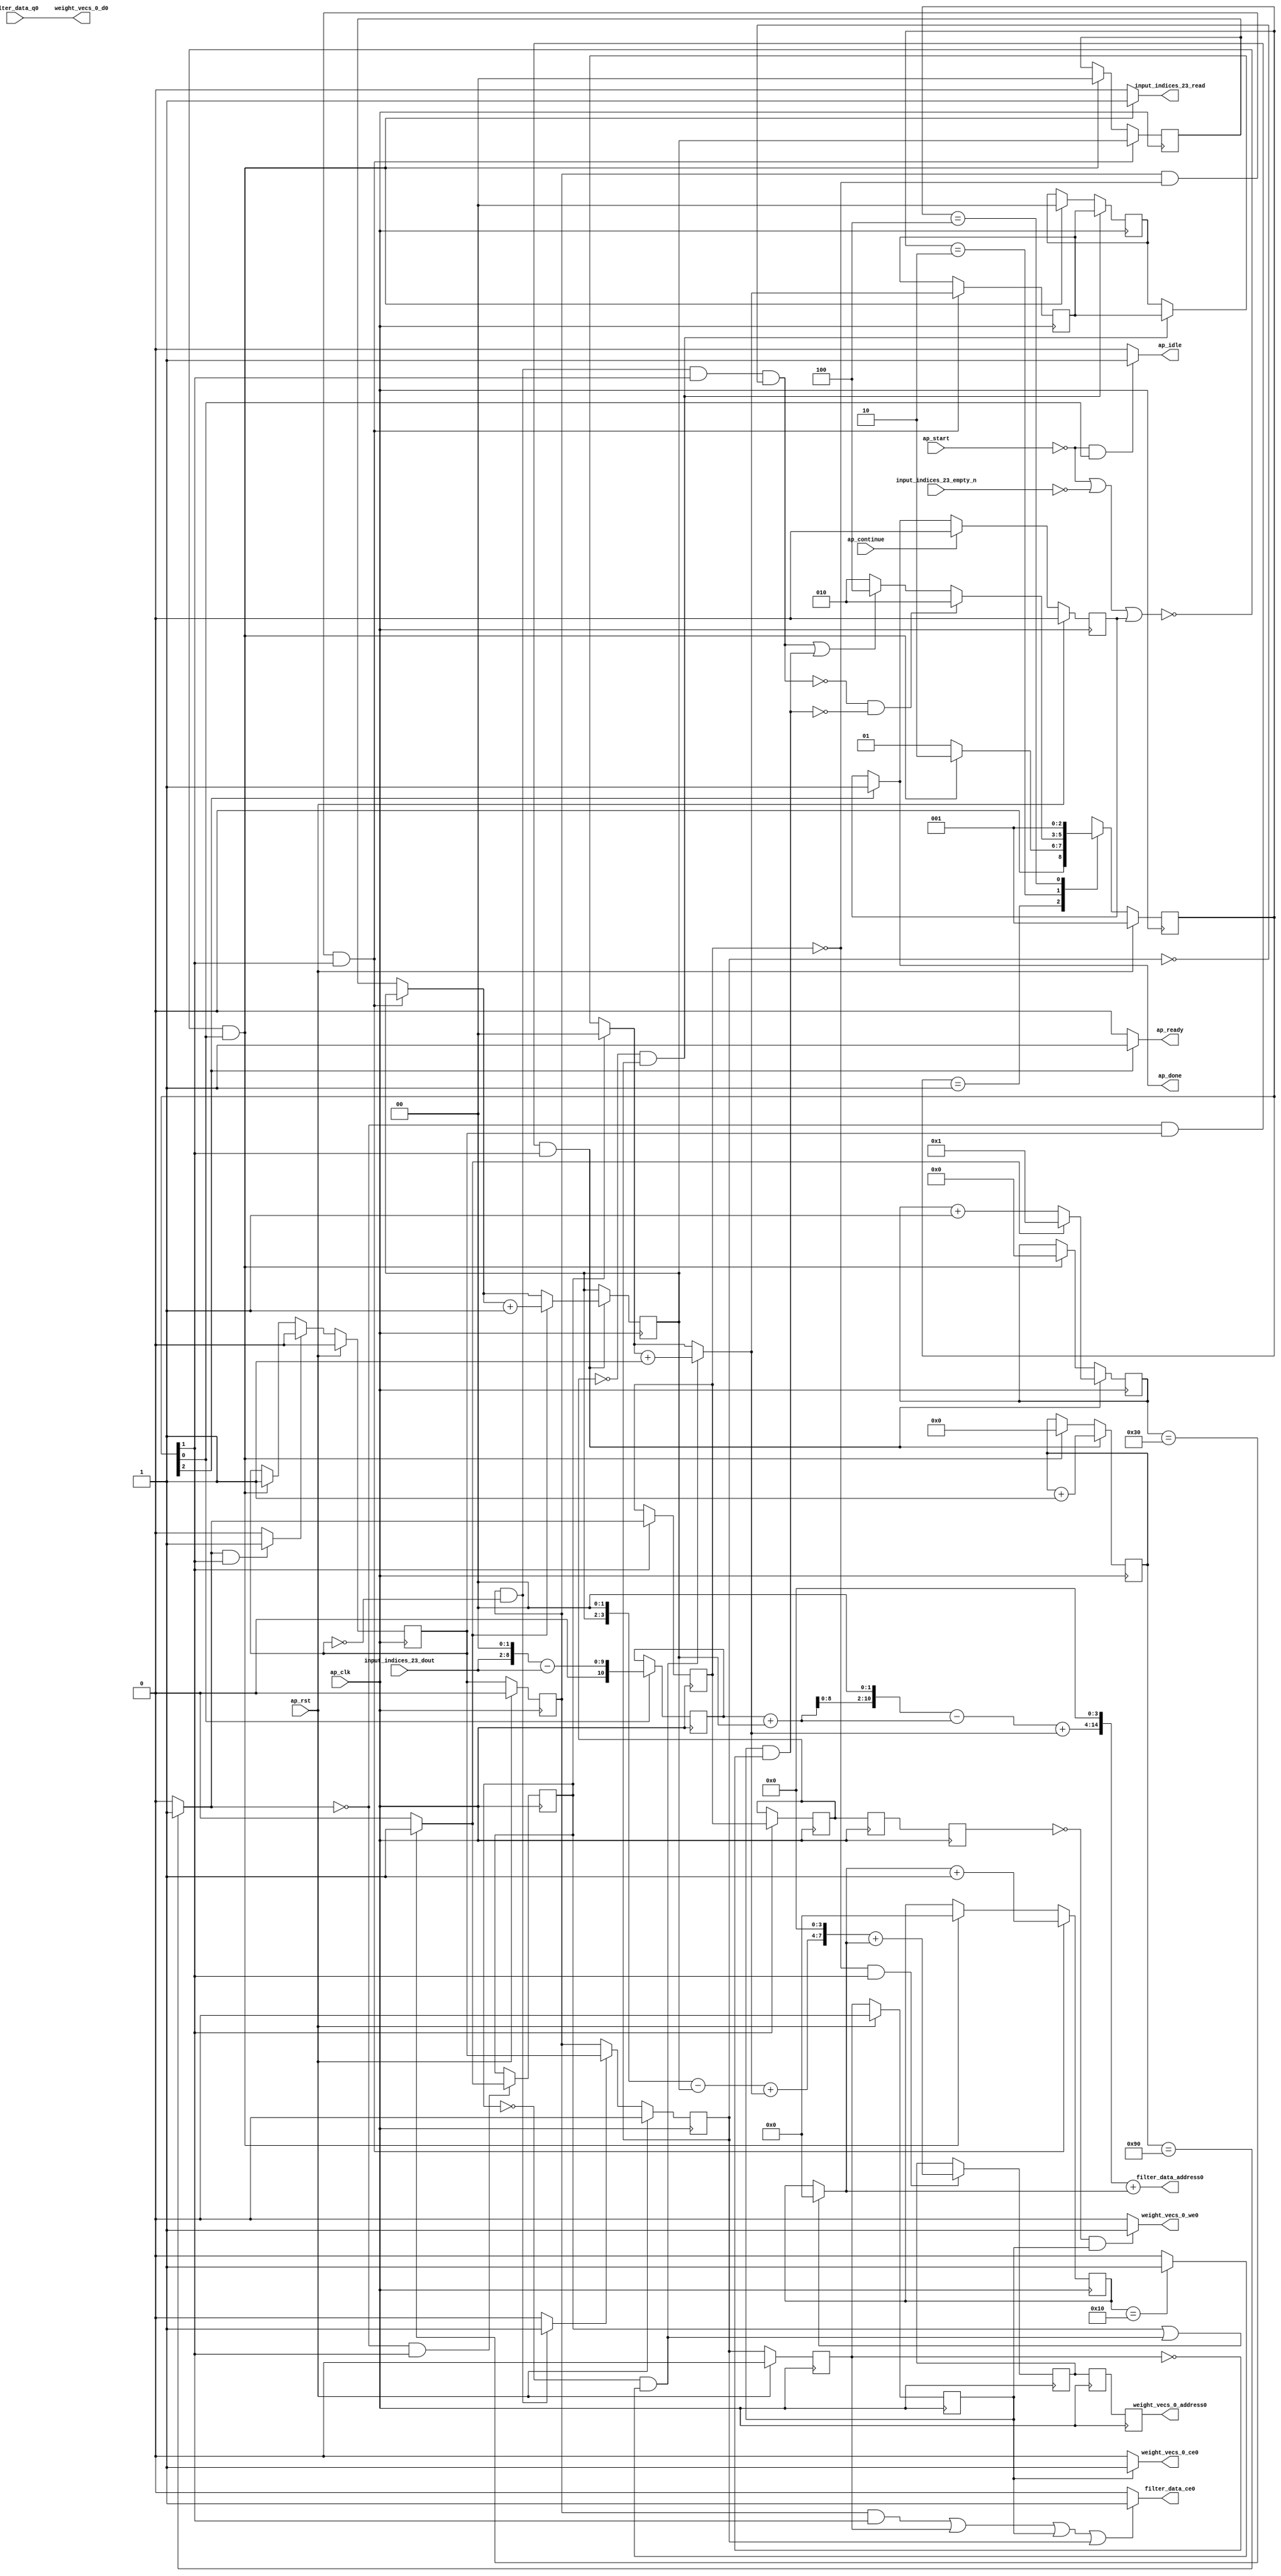
`define EXPONENT 5
`define MANTISSA 10
`define ACTUAL_MANTISSA 11
`define EXPONENT_LSB 10
`define EXPONENT_MSB 14
`define MANTISSA_LSB 0
`define MANTISSA_MSB 9
`define MANTISSA_MUL_SPLIT_LSB 3
`define MANTISSA_MUL_SPLIT_MSB 9
`define SIGN 1
`define SIGN_LOC 15
`define DWIDTH (`SIGN+`EXPONENT+`MANTISSA)
`define IEEE_COMPLIANCE 1

module td_fused_top_tdf5_readFilters40 (
        ap_clk,
        ap_rst,
        ap_start,
        ap_done,
        ap_continue,
        ap_idle,
        ap_ready,
        filter_data_address0,
        filter_data_ce0,
        filter_data_q0,
        input_indices_23_dout,
        input_indices_23_empty_n,
        input_indices_23_read,
        weight_vecs_0_address0,
        weight_vecs_0_ce0,
        weight_vecs_0_we0,
        weight_vecs_0_d0
);

parameter    ap_ST_fsm_state1 = 3'd1;
parameter    ap_ST_fsm_pp0_stage0 = 3'd2;
parameter    ap_ST_fsm_state7 = 3'd4;

input   ap_clk;
input   ap_rst;
input   ap_start;
output   ap_done;
input   ap_continue;
output   ap_idle;
output   ap_ready;
output  [14:0] filter_data_address0;
output   filter_data_ce0;
input  [15:0] filter_data_q0;
input  [6:0] input_indices_23_dout;
input   input_indices_23_empty_n;
output   input_indices_23_read;
output  [7:0] weight_vecs_0_address0;
output   weight_vecs_0_ce0;
output   weight_vecs_0_we0;
output  [15:0] weight_vecs_0_d0;

reg ap_done;
reg ap_idle;
reg ap_ready;
reg filter_data_ce0;
reg input_indices_23_read;
reg weight_vecs_0_ce0;
reg weight_vecs_0_we0;

reg    ap_done_reg;
  reg   [2:0] ap_CS_fsm;
wire    ap_CS_fsm_state1;
reg    input_indices_23_blk_n;
reg   [7:0] indvar_flatten13_reg_123;
reg   [1:0] ii_reg_134;
reg   [6:0] indvar_flatten_reg_145;
reg   [1:0] jj_reg_156;
reg   [4:0] kk_reg_167;
wire   [10:0] sext_ln47_fu_200_p1;
reg   [10:0] sext_ln47_reg_408;
wire   [7:0] add_ln47_3_fu_204_p2;
wire    ap_CS_fsm_pp0_stage0;
reg    ap_enable_reg_pp0_iter0;
wire    ap_block_state2_pp0_stage0_iter0;
wire    ap_block_state3_pp0_stage0_iter1;
wire    ap_block_state4_pp0_stage0_iter2;
wire    ap_block_state5_pp0_stage0_iter3;
wire    ap_block_state6_pp0_stage0_iter4;
wire    ap_block_pp0_stage0_11001;
wire   [0:0] icmp_ln47_fu_210_p2;
reg   [0:0] icmp_ln47_reg_418;
reg   [0:0] icmp_ln47_reg_418_pp0_iter1_reg;
reg   [0:0] icmp_ln47_reg_418_pp0_iter2_reg;
reg   [0:0] icmp_ln47_reg_418_pp0_iter3_reg;
wire   [0:0] icmp_ln48_fu_222_p2;
reg   [0:0] icmp_ln48_reg_422;
wire   [1:0] select_ln47_3_fu_228_p3;
reg   [1:0] select_ln47_3_reg_429;
wire   [6:0] select_ln48_6_fu_242_p3;
wire   [1:0] select_ln48_5_fu_329_p3;
reg   [1:0] select_ln48_5_reg_442;
reg    ap_enable_reg_pp0_iter1;
wire   [7:0] add_ln55_12_fu_392_p2;
reg   [7:0] add_ln55_12_reg_452;
reg   [7:0] add_ln55_12_reg_452_pp0_iter2_reg;
reg   [7:0] add_ln55_12_reg_452_pp0_iter3_reg;
wire   [4:0] add_ln49_fu_398_p2;
reg    ap_block_state1;
wire    ap_block_pp0_stage0_subdone;
reg    ap_condition_pp0_flush_enable;
reg    ap_enable_reg_pp0_iter2;
reg    ap_condition_pp0_exit_iter1_state3;
reg    ap_enable_reg_pp0_iter3;
reg    ap_enable_reg_pp0_iter4;
reg   [1:0] ap_phi_mux_ii_phi_fu_138_p4;
wire    ap_block_pp0_stage0;
reg   [1:0] ap_phi_mux_jj_phi_fu_160_p4;
wire   [63:0] zext_ln55_28_fu_387_p1;
wire   [63:0] zext_ln55_29_fu_404_p1;
wire   [8:0] tmp_fu_182_p3;
wire   [9:0] zext_ln55_21_fu_190_p1;
wire   [9:0] zext_ln55_fu_178_p1;
wire   [9:0] sub_ln55_fu_194_p2;
wire   [1:0] add_ln47_fu_216_p2;
wire   [6:0] add_ln48_3_fu_236_p2;
wire   [10:0] zext_ln55_23_fu_260_p1;
wire   [10:0] add_ln55_fu_263_p2;
wire   [10:0] shl_ln55_fu_268_p2;
wire   [3:0] tmp_s_fu_280_p3;
wire   [3:0] zext_ln55_22_fu_257_p1;
wire   [0:0] icmp_ln49_fu_298_p2;
wire   [0:0] xor_ln47_fu_293_p2;
wire   [1:0] select_ln47_fu_250_p3;
wire   [0:0] and_ln47_fu_304_p2;
wire   [0:0] or_ln48_fu_316_p2;
wire   [1:0] add_ln48_fu_310_p2;
wire   [10:0] sub_ln55_5_fu_274_p2;
wire   [10:0] zext_ln55_25_fu_341_p1;
wire   [10:0] add_ln55_9_fu_345_p2;
wire   [3:0] sub_ln55_6_fu_287_p2;
wire   [3:0] zext_ln55_24_fu_337_p1;
wire   [3:0] add_ln55_10_fu_359_p2;
wire   [4:0] select_ln48_fu_321_p3;
wire   [14:0] tmp_74_cast_fu_351_p3;
wire   [14:0] zext_ln55_27_fu_377_p1;
wire   [14:0] add_ln55_11_fu_381_p2;
wire   [7:0] tmp_76_cast_fu_365_p3;
wire   [7:0] zext_ln55_26_fu_373_p1;
wire    ap_CS_fsm_state7;
reg   [2:0] ap_NS_fsm;
reg    ap_idle_pp0;
wire    ap_enable_pp0;
wire    ap_ce_reg;

// power-on initialization
initial begin
#0 ap_done_reg = 1'b0;
#0 ap_CS_fsm = 3'd1;
#0 ap_enable_reg_pp0_iter0 = 1'b0;
#0 ap_enable_reg_pp0_iter1 = 1'b0;
#0 ap_enable_reg_pp0_iter2 = 1'b0;
#0 ap_enable_reg_pp0_iter3 = 1'b0;
#0 ap_enable_reg_pp0_iter4 = 1'b0;
end

always @ (posedge ap_clk) begin
    if (ap_rst == 1'b1) begin
        ap_CS_fsm <= ap_ST_fsm_state1;
    end else begin
        ap_CS_fsm <= ap_NS_fsm;
    end
end

always @ (posedge ap_clk) begin
    if (ap_rst == 1'b1) begin
        ap_done_reg <= 1'b0;
    end else begin
        if ((ap_continue == 1'b1)) begin
            ap_done_reg <= 1'b0;
        end else if ((1'b1 == ap_CS_fsm_state7)) begin
            ap_done_reg <= 1'b1;
        end
    end
end

always @ (posedge ap_clk) begin
    if (ap_rst == 1'b1) begin
        ap_enable_reg_pp0_iter0 <= 1'b0;
    end else begin
        if ((1'b1 == ap_condition_pp0_flush_enable)) begin
            ap_enable_reg_pp0_iter0 <= 1'b0;
        end else if ((~((ap_start == 1'b0) | (input_indices_23_empty_n == 1'b0) | (ap_done_reg == 1'b1)) & (1'b1 == ap_CS_fsm_state1))) begin
            ap_enable_reg_pp0_iter0 <= 1'b1;
        end
    end
end

always @ (posedge ap_clk) begin
    if (ap_rst == 1'b1) begin
        ap_enable_reg_pp0_iter1 <= 1'b0;
    end else begin
        if ((1'b0 == ap_block_pp0_stage0_subdone)) begin
            ap_enable_reg_pp0_iter1 <= ap_enable_reg_pp0_iter0;
        end
    end
end

always @ (posedge ap_clk) begin
    if (ap_rst == 1'b1) begin
        ap_enable_reg_pp0_iter2 <= 1'b0;
    end else begin
        if ((1'b0 == ap_block_pp0_stage0_subdone)) begin
            if ((1'b1 == ap_condition_pp0_exit_iter1_state3)) begin
                ap_enable_reg_pp0_iter2 <= ap_enable_reg_pp0_iter0;
            end else if ((1'b1 == 1'b1)) begin
                ap_enable_reg_pp0_iter2 <= ap_enable_reg_pp0_iter1;
            end
        end
    end
end

always @ (posedge ap_clk) begin
    if (ap_rst == 1'b1) begin
        ap_enable_reg_pp0_iter3 <= 1'b0;
    end else begin
        if ((1'b0 == ap_block_pp0_stage0_subdone)) begin
            ap_enable_reg_pp0_iter3 <= ap_enable_reg_pp0_iter2;
        end
    end
end

always @ (posedge ap_clk) begin
    if (ap_rst == 1'b1) begin
        ap_enable_reg_pp0_iter4 <= 1'b0;
    end else begin
        if ((1'b0 == ap_block_pp0_stage0_subdone)) begin
            ap_enable_reg_pp0_iter4 <= ap_enable_reg_pp0_iter3;
        end else if ((~((ap_start == 1'b0) | (input_indices_23_empty_n == 1'b0) | (ap_done_reg == 1'b1)) & (1'b1 == ap_CS_fsm_state1))) begin
            ap_enable_reg_pp0_iter4 <= 1'b0;
        end
    end
end

always @ (posedge ap_clk) begin
    if (((ap_enable_reg_pp0_iter1 == 1'b1) & (icmp_ln47_reg_418 == 1'd0) & (1'b0 == ap_block_pp0_stage0_11001) & (1'b1 == ap_CS_fsm_pp0_stage0))) begin
        ii_reg_134 <= select_ln47_3_reg_429;
    end else if ((~((ap_start == 1'b0) | (input_indices_23_empty_n == 1'b0) | (ap_done_reg == 1'b1)) & (1'b1 == ap_CS_fsm_state1))) begin
        ii_reg_134 <= 2'd0;
    end
end

always @ (posedge ap_clk) begin
    if (((icmp_ln47_fu_210_p2 == 1'd0) & (1'b0 == ap_block_pp0_stage0_11001) & (ap_enable_reg_pp0_iter0 == 1'b1) & (1'b1 == ap_CS_fsm_pp0_stage0))) begin
        indvar_flatten13_reg_123 <= add_ln47_3_fu_204_p2;
    end else if ((~((ap_start == 1'b0) | (input_indices_23_empty_n == 1'b0) | (ap_done_reg == 1'b1)) & (1'b1 == ap_CS_fsm_state1))) begin
        indvar_flatten13_reg_123 <= 8'd0;
    end
end

always @ (posedge ap_clk) begin
    if (((icmp_ln47_fu_210_p2 == 1'd0) & (1'b0 == ap_block_pp0_stage0_11001) & (ap_enable_reg_pp0_iter0 == 1'b1) & (1'b1 == ap_CS_fsm_pp0_stage0))) begin
        indvar_flatten_reg_145 <= select_ln48_6_fu_242_p3;
    end else if ((~((ap_start == 1'b0) | (input_indices_23_empty_n == 1'b0) | (ap_done_reg == 1'b1)) & (1'b1 == ap_CS_fsm_state1))) begin
        indvar_flatten_reg_145 <= 7'd0;
    end
end

always @ (posedge ap_clk) begin
    if (((icmp_ln47_reg_418_pp0_iter1_reg == 1'd0) & (1'b0 == ap_block_pp0_stage0_11001) & (ap_enable_reg_pp0_iter2 == 1'b1))) begin
        jj_reg_156 <= select_ln48_5_reg_442;
    end else if ((~((ap_start == 1'b0) | (input_indices_23_empty_n == 1'b0) | (ap_done_reg == 1'b1)) & (1'b1 == ap_CS_fsm_state1))) begin
        jj_reg_156 <= 2'd0;
    end
end

always @ (posedge ap_clk) begin
    if (((ap_enable_reg_pp0_iter1 == 1'b1) & (icmp_ln47_reg_418 == 1'd0) & (1'b0 == ap_block_pp0_stage0_11001) & (1'b1 == ap_CS_fsm_pp0_stage0))) begin
        kk_reg_167 <= add_ln49_fu_398_p2;
    end else if ((~((ap_start == 1'b0) | (input_indices_23_empty_n == 1'b0) | (ap_done_reg == 1'b1)) & (1'b1 == ap_CS_fsm_state1))) begin
        kk_reg_167 <= 5'd0;
    end
end

always @ (posedge ap_clk) begin
    if (((icmp_ln47_reg_418 == 1'd0) & (1'b0 == ap_block_pp0_stage0_11001) & (1'b1 == ap_CS_fsm_pp0_stage0))) begin
        add_ln55_12_reg_452 <= add_ln55_12_fu_392_p2;
    end
end

always @ (posedge ap_clk) begin
    if ((1'b0 == ap_block_pp0_stage0_11001)) begin
        add_ln55_12_reg_452_pp0_iter2_reg <= add_ln55_12_reg_452;
        add_ln55_12_reg_452_pp0_iter3_reg <= add_ln55_12_reg_452_pp0_iter2_reg;
        icmp_ln47_reg_418_pp0_iter2_reg <= icmp_ln47_reg_418_pp0_iter1_reg;
        icmp_ln47_reg_418_pp0_iter3_reg <= icmp_ln47_reg_418_pp0_iter2_reg;
    end
end

always @ (posedge ap_clk) begin
    if (((1'b0 == ap_block_pp0_stage0_11001) & (1'b1 == ap_CS_fsm_pp0_stage0))) begin
        icmp_ln47_reg_418 <= icmp_ln47_fu_210_p2;
        icmp_ln47_reg_418_pp0_iter1_reg <= icmp_ln47_reg_418;
    end
end

always @ (posedge ap_clk) begin
    if (((icmp_ln47_fu_210_p2 == 1'd0) & (1'b0 == ap_block_pp0_stage0_11001) & (1'b1 == ap_CS_fsm_pp0_stage0))) begin
        icmp_ln48_reg_422 <= icmp_ln48_fu_222_p2;
    end
end

always @ (posedge ap_clk) begin
    if (((icmp_ln47_fu_210_p2 == 1'd0) & (1'b0 == ap_block_pp0_stage0_11001) & (ap_enable_reg_pp0_iter0 == 1'b1) & (1'b1 == ap_CS_fsm_pp0_stage0))) begin
        select_ln47_3_reg_429 <= select_ln47_3_fu_228_p3;
    end
end

always @ (posedge ap_clk) begin
    if (((ap_enable_reg_pp0_iter1 == 1'b1) & (icmp_ln47_reg_418 == 1'd0) & (1'b0 == ap_block_pp0_stage0_11001) & (1'b1 == ap_CS_fsm_pp0_stage0))) begin
        select_ln48_5_reg_442 <= select_ln48_5_fu_329_p3;
    end
end

always @ (posedge ap_clk) begin
    if ((1'b1 == ap_CS_fsm_state1)) begin
        sext_ln47_reg_408 <= sext_ln47_fu_200_p1;
    end
end

always @ (*) begin
    if (((ap_enable_reg_pp0_iter1 == 1'b1) & (ap_enable_reg_pp0_iter0 == 1'b0))) begin
        ap_condition_pp0_exit_iter1_state3 = 1'b1;
    end else begin
        ap_condition_pp0_exit_iter1_state3 = 1'b0;
    end
end

always @ (*) begin
    if (((icmp_ln47_fu_210_p2 == 1'd1) & (1'b0 == ap_block_pp0_stage0_subdone) & (1'b1 == ap_CS_fsm_pp0_stage0))) begin
        ap_condition_pp0_flush_enable = 1'b1;
    end else begin
        ap_condition_pp0_flush_enable = 1'b0;
    end
end

always @ (*) begin
    if ((1'b1 == ap_CS_fsm_state7)) begin
        ap_done = 1'b1;
    end else begin
        ap_done = ap_done_reg;
    end
end

always @ (*) begin
    if (((ap_start == 1'b0) & (1'b1 == ap_CS_fsm_state1))) begin
        ap_idle = 1'b1;
    end else begin
        ap_idle = 1'b0;
    end
end

always @ (*) begin
    if (((ap_enable_reg_pp0_iter1 == 1'b0) & (ap_enable_reg_pp0_iter0 == 1'b0) & (ap_enable_reg_pp0_iter4 == 1'b0) & (ap_enable_reg_pp0_iter3 == 1'b0) & (ap_enable_reg_pp0_iter2 == 1'b0))) begin
        ap_idle_pp0 = 1'b1;
    end else begin
        ap_idle_pp0 = 1'b0;
    end
end

always @ (*) begin
    if (((ap_enable_reg_pp0_iter1 == 1'b1) & (icmp_ln47_reg_418 == 1'd0) & (1'b0 == ap_block_pp0_stage0) & (1'b1 == ap_CS_fsm_pp0_stage0))) begin
        ap_phi_mux_ii_phi_fu_138_p4 = select_ln47_3_reg_429;
    end else begin
        ap_phi_mux_ii_phi_fu_138_p4 = ii_reg_134;
    end
end

always @ (*) begin
    if (((icmp_ln47_reg_418_pp0_iter1_reg == 1'd0) & (1'b0 == ap_block_pp0_stage0) & (ap_enable_reg_pp0_iter2 == 1'b1))) begin
        ap_phi_mux_jj_phi_fu_160_p4 = select_ln48_5_reg_442;
    end else begin
        ap_phi_mux_jj_phi_fu_160_p4 = jj_reg_156;
    end
end

always @ (*) begin
    if ((1'b1 == ap_CS_fsm_state7)) begin
        ap_ready = 1'b1;
    end else begin
        ap_ready = 1'b0;
    end
end

always @ (*) begin
    if ((((ap_enable_reg_pp0_iter1 == 1'b1) & (1'b0 == ap_block_pp0_stage0_11001) & (1'b1 == ap_CS_fsm_pp0_stage0)) | ((1'b0 == ap_block_pp0_stage0_11001) & (ap_enable_reg_pp0_iter3 == 1'b1)) | ((1'b0 == ap_block_pp0_stage0_11001) & (ap_enable_reg_pp0_iter4 == 1'b1)) | ((1'b0 == ap_block_pp0_stage0_11001) & (ap_enable_reg_pp0_iter2 == 1'b1)))) begin
        filter_data_ce0 = 1'b1;
    end else begin
        filter_data_ce0 = 1'b0;
    end
end

always @ (*) begin
    if ((~((ap_start == 1'b0) | (ap_done_reg == 1'b1)) & (1'b1 == ap_CS_fsm_state1))) begin
        input_indices_23_blk_n = input_indices_23_empty_n;
    end else begin
        input_indices_23_blk_n = 1'b1;
    end
end

always @ (*) begin
    if ((~((ap_start == 1'b0) | (input_indices_23_empty_n == 1'b0) | (ap_done_reg == 1'b1)) & (1'b1 == ap_CS_fsm_state1))) begin
        input_indices_23_read = 1'b1;
    end else begin
        input_indices_23_read = 1'b0;
    end
end

always @ (*) begin
    if (((1'b0 == ap_block_pp0_stage0_11001) & (ap_enable_reg_pp0_iter4 == 1'b1))) begin
        weight_vecs_0_ce0 = 1'b1;
    end else begin
        weight_vecs_0_ce0 = 1'b0;
    end
end

always @ (*) begin
    if (((icmp_ln47_reg_418_pp0_iter3_reg == 1'd0) & (1'b0 == ap_block_pp0_stage0_11001) & (ap_enable_reg_pp0_iter4 == 1'b1))) begin
        weight_vecs_0_we0 = 1'b1;
    end else begin
        weight_vecs_0_we0 = 1'b0;
    end
end

always @ (*) begin
    case (ap_CS_fsm)
        ap_ST_fsm_state1 : begin
            if ((~((ap_start == 1'b0) | (input_indices_23_empty_n == 1'b0) | (ap_done_reg == 1'b1)) & (1'b1 == ap_CS_fsm_state1))) begin
                ap_NS_fsm = ap_ST_fsm_pp0_stage0;
            end else begin
                ap_NS_fsm = ap_ST_fsm_state1;
            end
        end
        ap_ST_fsm_pp0_stage0 : begin
            if ((~((ap_enable_reg_pp0_iter1 == 1'b1) & (1'b0 == ap_block_pp0_stage0_subdone) & (ap_enable_reg_pp0_iter0 == 1'b0) & (1'b1 == ap_CS_fsm_pp0_stage0) & (ap_enable_reg_pp0_iter2 == 1'b0)) & ~((1'b0 == ap_block_pp0_stage0_subdone) & (ap_enable_reg_pp0_iter4 == 1'b1) & (ap_enable_reg_pp0_iter3 == 1'b0)))) begin
                ap_NS_fsm = ap_ST_fsm_pp0_stage0;
            end else if ((((ap_enable_reg_pp0_iter1 == 1'b1) & (1'b0 == ap_block_pp0_stage0_subdone) & (ap_enable_reg_pp0_iter0 == 1'b0) & (1'b1 == ap_CS_fsm_pp0_stage0) & (ap_enable_reg_pp0_iter2 == 1'b0)) | ((1'b0 == ap_block_pp0_stage0_subdone) & (ap_enable_reg_pp0_iter4 == 1'b1) & (ap_enable_reg_pp0_iter3 == 1'b0)))) begin
                ap_NS_fsm = ap_ST_fsm_state7;
            end else begin
                ap_NS_fsm = ap_ST_fsm_pp0_stage0;
            end
        end
        ap_ST_fsm_state7 : begin
            ap_NS_fsm = ap_ST_fsm_state1;
        end
        default : begin
            ap_NS_fsm = 'bx;
        end
    endcase
end

assign add_ln47_3_fu_204_p2 = (indvar_flatten13_reg_123 + 8'd1);

assign add_ln47_fu_216_p2 = (ap_phi_mux_ii_phi_fu_138_p4 + 2'd1);

assign add_ln48_3_fu_236_p2 = (indvar_flatten_reg_145 + 7'd1);

assign add_ln48_fu_310_p2 = (select_ln47_fu_250_p3 + 2'd1);

assign add_ln49_fu_398_p2 = (select_ln48_fu_321_p3 + 5'd1);

assign add_ln55_10_fu_359_p2 = (sub_ln55_6_fu_287_p2 + zext_ln55_24_fu_337_p1);

assign add_ln55_11_fu_381_p2 = (tmp_74_cast_fu_351_p3 + zext_ln55_27_fu_377_p1);

assign add_ln55_12_fu_392_p2 = (tmp_76_cast_fu_365_p3 + zext_ln55_26_fu_373_p1);

assign add_ln55_9_fu_345_p2 = (sub_ln55_5_fu_274_p2 + zext_ln55_25_fu_341_p1);

assign add_ln55_fu_263_p2 = ((sext_ln47_reg_408) + (zext_ln55_23_fu_260_p1));

assign and_ln47_fu_304_p2 = (xor_ln47_fu_293_p2 & icmp_ln49_fu_298_p2);

assign ap_CS_fsm_pp0_stage0 = ap_CS_fsm[32'd1];

assign ap_CS_fsm_state1 = ap_CS_fsm[32'd0];

assign ap_CS_fsm_state7 = ap_CS_fsm[32'd2];

assign ap_block_pp0_stage0 = ~(1'b1 == 1'b1);

assign ap_block_pp0_stage0_11001 = ~(1'b1 == 1'b1);

assign ap_block_pp0_stage0_subdone = ~(1'b1 == 1'b1);

always @ (*) begin
    ap_block_state1 = ((ap_start == 1'b0) | (input_indices_23_empty_n == 1'b0) | (ap_done_reg == 1'b1));
end

assign ap_block_state2_pp0_stage0_iter0 = ~(1'b1 == 1'b1);

assign ap_block_state3_pp0_stage0_iter1 = ~(1'b1 == 1'b1);

assign ap_block_state4_pp0_stage0_iter2 = ~(1'b1 == 1'b1);

assign ap_block_state5_pp0_stage0_iter3 = ~(1'b1 == 1'b1);

assign ap_block_state6_pp0_stage0_iter4 = ~(1'b1 == 1'b1);

assign ap_enable_pp0 = (ap_idle_pp0 ^ 1'b1);

assign filter_data_address0 = zext_ln55_28_fu_387_p1;

assign icmp_ln47_fu_210_p2 = ((indvar_flatten13_reg_123 == 8'd144) ? 1'b1 : 1'b0);

assign icmp_ln48_fu_222_p2 = ((indvar_flatten_reg_145 == 7'd48) ? 1'b1 : 1'b0);

assign icmp_ln49_fu_298_p2 = ((kk_reg_167 == 5'd16) ? 1'b1 : 1'b0);

assign or_ln48_fu_316_p2 = (icmp_ln48_reg_422 | and_ln47_fu_304_p2);

assign select_ln47_3_fu_228_p3 = ((icmp_ln48_fu_222_p2[0:0] == 1'b1) ? add_ln47_fu_216_p2 : ap_phi_mux_ii_phi_fu_138_p4);

assign select_ln47_fu_250_p3 = ((icmp_ln48_reg_422[0:0] == 1'b1) ? 2'd0 : ap_phi_mux_jj_phi_fu_160_p4);

assign select_ln48_5_fu_329_p3 = ((and_ln47_fu_304_p2[0:0] == 1'b1) ? add_ln48_fu_310_p2 : select_ln47_fu_250_p3);

assign select_ln48_6_fu_242_p3 = ((icmp_ln48_fu_222_p2[0:0] == 1'b1) ? 7'd1 : add_ln48_3_fu_236_p2);

assign select_ln48_fu_321_p3 = ((or_ln48_fu_316_p2[0:0] == 1'b1) ? 5'd0 : kk_reg_167);

assign sext_ln47_fu_200_p1 = (sub_ln55_fu_194_p2);

assign shl_ln55_fu_268_p2 = add_ln55_fu_263_p2 << 11'd2;

assign sub_ln55_5_fu_274_p2 = (shl_ln55_fu_268_p2 - add_ln55_fu_263_p2);

assign sub_ln55_6_fu_287_p2 = (tmp_s_fu_280_p3 - zext_ln55_22_fu_257_p1);

assign sub_ln55_fu_194_p2 = (zext_ln55_21_fu_190_p1 - zext_ln55_fu_178_p1);

assign tmp_74_cast_fu_351_p3 = {{add_ln55_9_fu_345_p2}, {4'd0}};

assign tmp_76_cast_fu_365_p3 = {{add_ln55_10_fu_359_p2}, {4'd0}};

assign tmp_fu_182_p3 = {{input_indices_23_dout}, {2'd0}};

assign tmp_s_fu_280_p3 = {{select_ln47_3_reg_429}, {2'd0}};

assign weight_vecs_0_address0 = zext_ln55_29_fu_404_p1;

assign weight_vecs_0_d0 = filter_data_q0;

assign xor_ln47_fu_293_p2 = (icmp_ln48_reg_422 ^ 1'd1);

assign zext_ln55_21_fu_190_p1 = tmp_fu_182_p3;

assign zext_ln55_22_fu_257_p1 = select_ln47_3_reg_429;

assign zext_ln55_23_fu_260_p1 = select_ln47_3_reg_429;

assign zext_ln55_24_fu_337_p1 = select_ln48_5_fu_329_p3;

assign zext_ln55_25_fu_341_p1 = select_ln48_5_fu_329_p3;

assign zext_ln55_26_fu_373_p1 = select_ln48_fu_321_p3;

assign zext_ln55_27_fu_377_p1 = select_ln48_fu_321_p3;

assign zext_ln55_28_fu_387_p1 = add_ln55_11_fu_381_p2;

assign zext_ln55_29_fu_404_p1 = add_ln55_12_reg_452_pp0_iter3_reg;

assign zext_ln55_fu_178_p1 = input_indices_23_dout;

endmodule //td_fused_top_tdf5_readFilters40